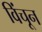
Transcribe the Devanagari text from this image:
विंचून